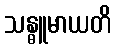
သန္ဓူမာယတိ